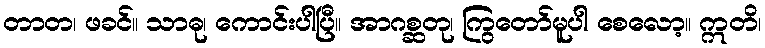
တာတ၊ ဖခင်။ သာဓု၊ ကောင်းပါပြီ။ အာဂစ္ဆတု၊ ကြွတော်မူပါ စေလော့။ ဣတိ၊